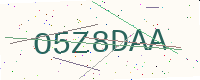
Text: O5Z8DAA